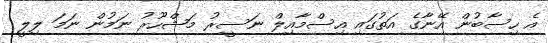
އެ ހިސާބުން އޭނާގެ އަތުގައި އިސްމާއިލް ނަސީރު މަޝްހޫރު ނަމުން ނަމަ ލިލީ